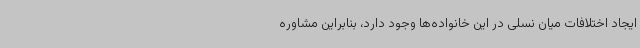
ایجاد اختلافات میان نسلی در این خانواده‌ها وجود دارد، بنابراین مشاوره